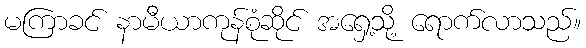
မကြာခင် နာမီယာကုန်စုံဆိုင် အရှေ့သို့ ရောက်လာသည်။